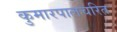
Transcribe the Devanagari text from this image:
कुमारपालचरित